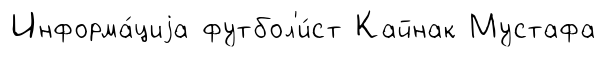
Информа́циjа футбол'и́ст Кайнак Мустафа